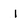
Character: 1